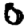
Digit: 0